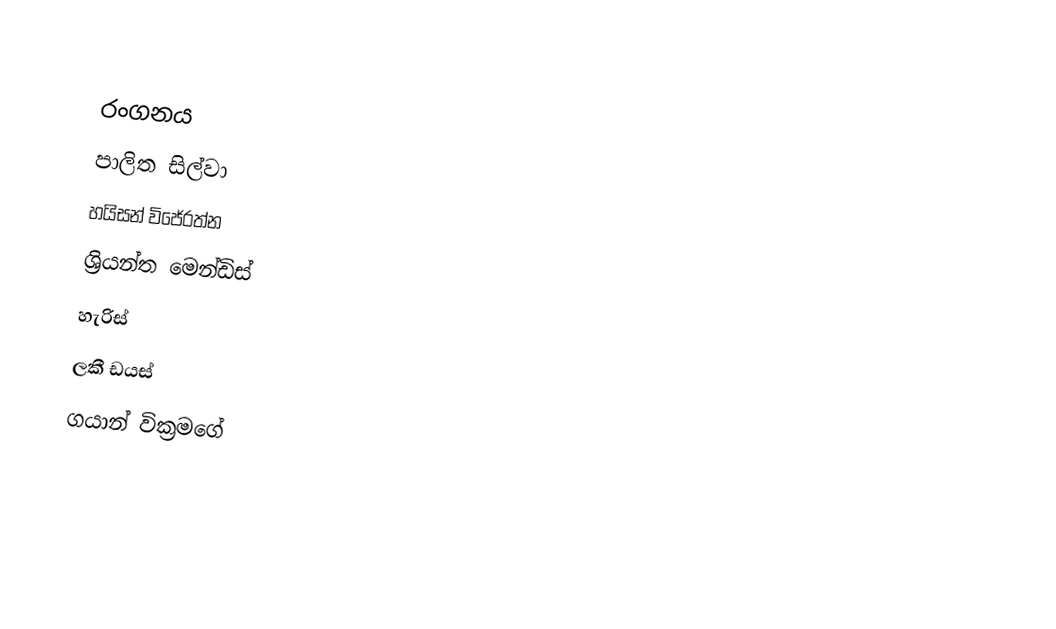

රංගනය
පාලිත සිල්වා
හයිසන් විජේරත්න
ශ්‍රියන්ත මෙන්ඩිස්
හැරිස්
ලකී ඩයස්
ගයාන් වික්‍රමගේ